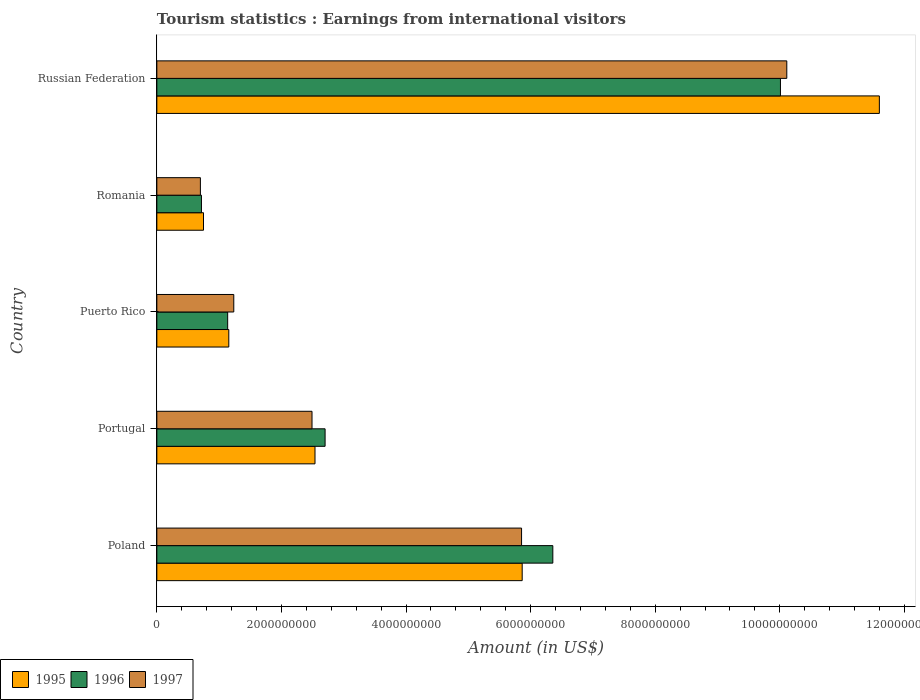
| Country | 1995 | 1996 | 1997 |
 | --- | --- | --- | --- |
 | Poland | 5.86e+09 | 6.36e+09 | 5.86e+09 |
 | Portugal | 2.54e+09 | 2.7e+09 | 2.49e+09 |
 | Puerto Rico | 1.16e+09 | 1.14e+09 | 1.24e+09 |
 | Romania | 7.49e+08 | 7.16e+08 | 6.99e+08 |
 | Russian Federation | 1.16e+10 | 1e+10 | 1.01e+10 |